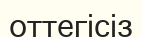
оттегісіз